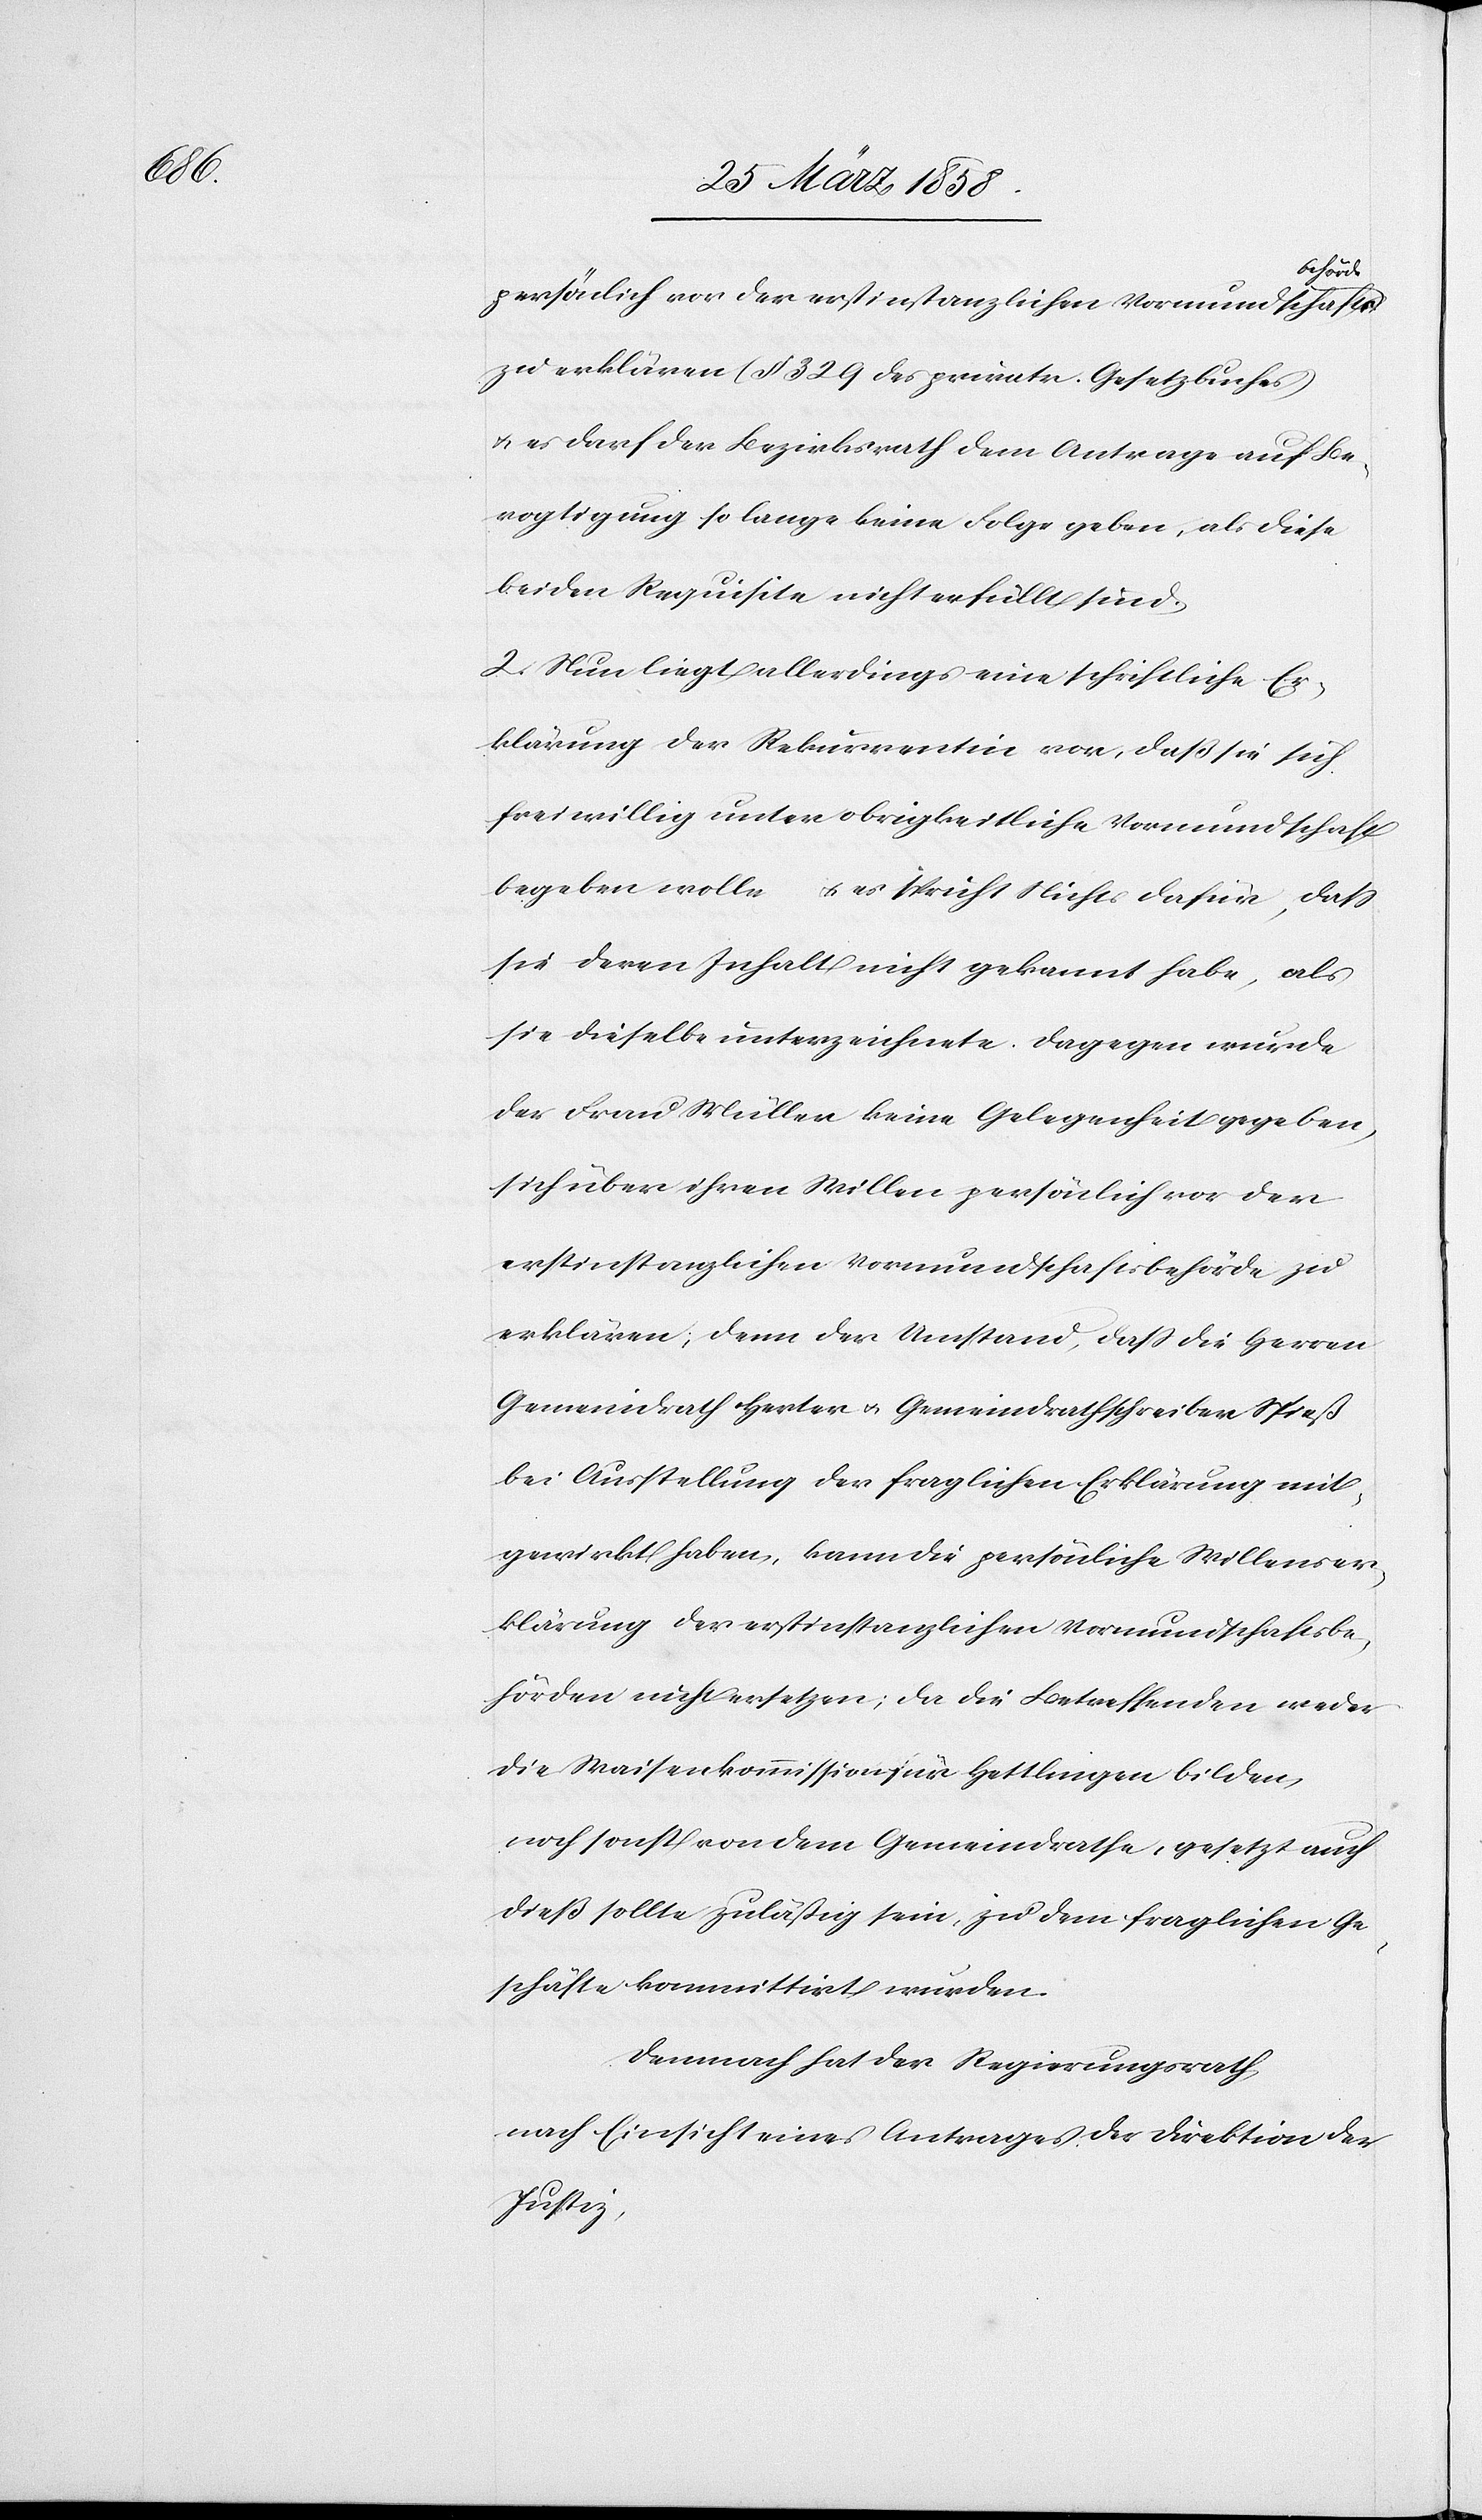
behörde
persönlich vor der erstinstanzlichen Vormundschafts¬
zu erklären (§ 329 des privatr. Gesetzbuches)
u. es darf der Bezirksrath dem Antrage auf Be¬
vogtigung so lange keine Folge geben, als diese
beiden Requisite nicht erfüllt sind.
2) Nun liegt allerdings eine schickliche Er¬
klärung der Rekurrentin vor, daß sie sich
freiwillig unter obrigkeitliche Vormundschaft
begeben wolle u. es spricht Nichts dafür, daß
sie deren Inhalt nicht gekannt habe, als
sie dieselbe unterzeichnete. Dagegen wurde
der Frau Müller keine Gelegenheit gegeben,
sich über ihren Willen persönlich vor der
erstinstanzlichen Vormundschaftsbehörde zu
erklären, denn der Umstand, daß die Herren
Gemeindrath Herter u. Gemeindrathschreiber Spieß
bei Ausstellung der fraglichen Erklärung mit¬
gewirkt haben, kann die persönliche Willenser¬
klärung der erstinstanzlichen Vormundschaftsbe¬
hörden nicht ersetzten, da die Betreffenden weder
die Waisenkommission für Hettlingen bilden,
noch sonst von dem Gemeindrathe, gesetzt auch
dieß sollte zuläßig sein, zu dem fraglichen Ge¬
schäfte kommitirt wurden.
Demnach hat der Regierungsrath
nach Einsicht eines Antrages der Direktion der
Justiz,